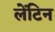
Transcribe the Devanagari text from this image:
लेंटिन